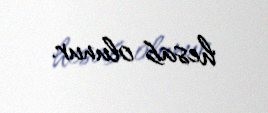
hesab olunur.